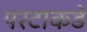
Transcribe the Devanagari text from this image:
परटाकडे